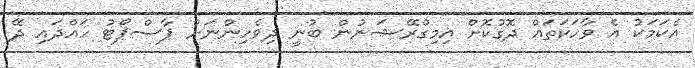
އެކަމަކު އެ ވާހަކަތައް ދޮގުކޮށް އިމިގްރޭޝަނުން ބުނީ ދިވެހިންނަށް ޕާސްޕޯޓު ހައްދައި ދޭ